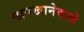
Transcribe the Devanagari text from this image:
छापखानेवाले